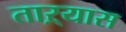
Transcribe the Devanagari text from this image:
ताऱ्यास